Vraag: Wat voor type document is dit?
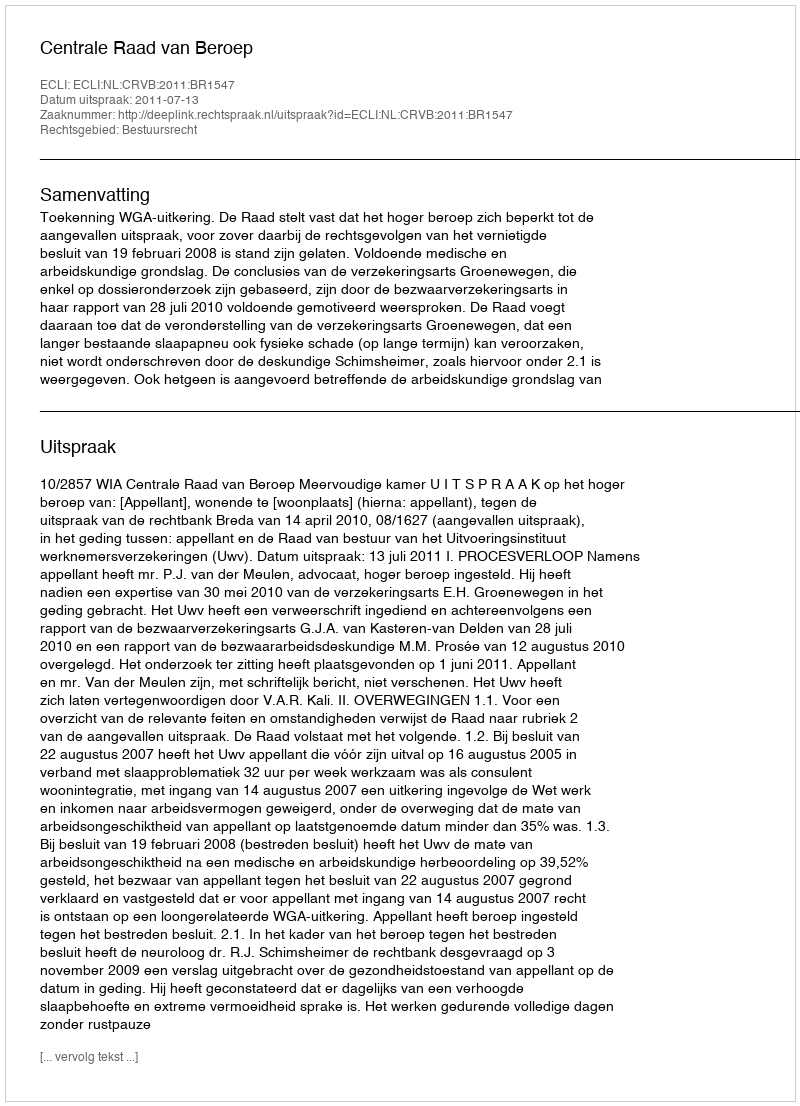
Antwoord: Uitspraak